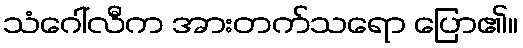
သံဂေါ်လီက အားတက်သရော ပြော၏။